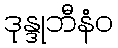
ဒုန္ဒုဘီနံဝ